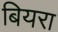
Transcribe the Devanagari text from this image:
बियरा